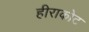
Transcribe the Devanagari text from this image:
हीराकोट